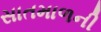
સાતમાળની